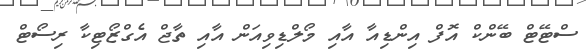
ސްޓޭޓް ބޭންކް އޮފް އިންޑިއާ އާއި މޯލްޑިވިއަން އާއި ތާޖް އެގްޒޯޓިކާ ރިސޯޓް